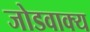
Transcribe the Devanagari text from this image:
जोडवाक्य